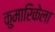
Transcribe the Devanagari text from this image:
कुमारिकेला